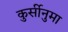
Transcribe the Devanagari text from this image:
कुर्सीनुमा